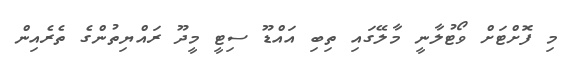
މި ފޮށްޓަށް ވޯޓުލާނީ މާލޭގައި ތިބި އައްޑޫ ސިޓީ މީދޫ ރައްޔިތުންގެ ތެރެއިން